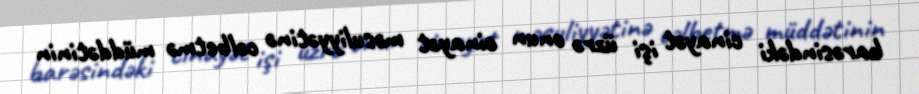
barəsindəki cinayət işi üzrə onun cinayət məsuliyyətinə cəlbetmə müddətinin